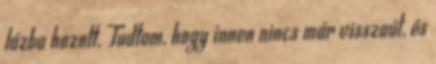
lázba hozott. Tudtam, hogy innen nincs már visszaút, és